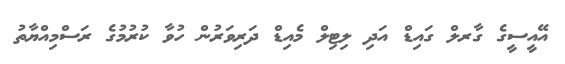
އޭއީސީގެ ގާރލް ގައިޑް އަދި ލިޓިލް މެއިޑް ދަރިވަރުން ހުވާ ކުރުމުގެ ރަސްމިއްޔާތު